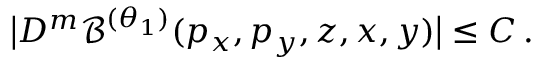
\big | D ^ { m } \mathcal { B } ^ { ( \theta _ { 1 } ) } ( p _ { x } , p _ { y } , z , x , y ) \big | \leq C \, .